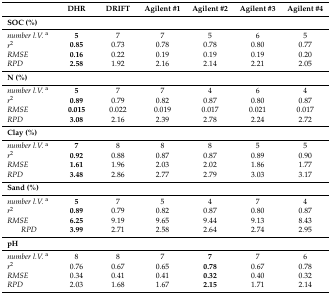
<table><thead><tr><td></td><td><b>DHR</b></td><td><b>DRIFT</b></td><td><b>Agilent #1</b></td><td><b>Agilent #2</b></td><td><b>Agilent #3</b></td><td><b>Agilent #4</b></td></tr></thead><tbody><tr><td><b>SOC (%)</b></td><td></td><td></td><td></td><td></td><td></td><td></td></tr><tr><td><i>number l.V.</i><sup>a</sup></td><td><b>5</b></td><td>7</td><td>7</td><td>5</td><td>6</td><td>5</td></tr><tr><td><i>r</i><sup>2</sup></td><td><b>0.85</b></td><td>0.73</td><td>0.78</td><td>0.78</td><td>0.80</td><td>0.77</td></tr><tr><td><i>RMSE</i></td><td><b>0.16</b></td><td>0.22</td><td>0.19</td><td>0.19</td><td>0.19</td><td>0.20</td></tr><tr><td><i>RPD</i></td><td><b>2.58</b></td><td>1.92</td><td>2.16</td><td>2.14</td><td>2.21</td><td>2.05</td></tr><tr><td><b>N (%)</b></td><td></td><td></td><td></td><td></td><td></td><td></td></tr><tr><td><i>number l.V.</i><sup>a</sup></td><td><b>5</b></td><td>7</td><td>7</td><td>4</td><td>6</td><td>4</td></tr><tr><td><i>r</i><sup>2</sup></td><td><b>0.89</b></td><td>0.79</td><td>0.82</td><td>0.87</td><td>0.80</td><td>0.87</td></tr><tr><td><i>RMSE</i></td><td><b>0.015</b></td><td>0.022</td><td>0.019</td><td>0.017</td><td>0.021</td><td>0.017</td></tr><tr><td><i>RPD</i></td><td><b>3.08</b></td><td>2.16</td><td>2.39</td><td>2.78</td><td>2.24</td><td>2.72</td></tr><tr><td><b>Clay (%)</b></td><td></td><td></td><td></td><td></td><td></td><td></td></tr><tr><td><i>number l.V.</i><sup>a</sup></td><td><b>7</b></td><td>8</td><td>8</td><td>8</td><td>5</td><td>5</td></tr><tr><td><i>r</i><sup>2</sup></td><td><b>0.92</b></td><td>0.88</td><td>0.87</td><td>0.87</td><td>0.89</td><td>0.90</td></tr><tr><td><i>RMSE</i></td><td><b>1.61</b></td><td>1.96</td><td>2.03</td><td>2.02</td><td>1.86</td><td>1.77</td></tr><tr><td><i>RPD</i></td><td><b>3.48</b></td><td>2.86</td><td>2.77</td><td>2.79</td><td>3.03</td><td>3.17</td></tr><tr><td><b>Sand (%)</b></td><td></td><td></td><td></td><td></td><td></td><td></td></tr><tr><td><i>number l.V.</i><sup>a</sup></td><td><b>5</b></td><td>7</td><td>5</td><td>4</td><td>7</td><td>4</td></tr><tr><td><i>r</i><sup>2</sup></td><td><b>0.89</b></td><td>0.79</td><td>0.82</td><td>0.87</td><td>0.80</td><td>0.87</td></tr><tr><td><i>RMSE</i></td><td><b>6.25</b></td><td>9.19</td><td>9.65</td><td>9.44</td><td>9.13</td><td>8.43</td></tr><tr><td><i>RPD</i></td><td><b>3.99</b></td><td>2.71</td><td>2.58</td><td>2.64</td><td>2.74</td><td>2.95</td></tr><tr><td><b>pH</b></td><td></td><td></td><td></td><td></td><td></td><td></td></tr><tr><td><i>number l.V.</i><sup>a</sup></td><td>8</td><td>8</td><td>7</td><td><b>7</b></td><td>7</td><td>6</td></tr><tr><td><i>r</i><sup>2</sup></td><td>0.76</td><td>0.67</td><td>0.65</td><td><b>0.78</b></td><td>0.67</td><td>0.78</td></tr><tr><td><i>RMSE</i></td><td>0.34</td><td>0.41</td><td>0.41</td><td><b>0.32</b></td><td>0.40</td><td>0.32</td></tr><tr><td><i>RPD</i></td><td>2.03</td><td>1.68</td><td>1.67</td><td><b>2.15</b></td><td>1.71</td><td>2.14</td></tr></tbody></table>